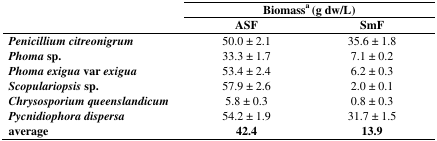
<table><thead><tr><td></td><td colspan="2"><b>Biomassa (g dw/L)</b></td></tr><tr><td></td><td><b>ASF</b></td><td><b>SmF</b></td></tr></thead><tbody><tr><td><b><i>Penicillium citreonigrum</i></b></td><td>50.0 ± 2.1</td><td>35.6 ± 1.8</td></tr><tr><td><b><i>Phoma</i></b><b>sp.</b></td><td>33.3 ± 1.7</td><td>7.1 ± 0.2</td></tr><tr><td><b><i>Phoma exigua</i></b><b>var</b><b><i>exigua</i></b></td><td>53.4 ± 2.4</td><td>6.2 ± 0.3</td></tr><tr><td><b><i>Scopulariopsis</i></b><b>sp.</b></td><td>57.9 ± 2.6</td><td>2.0 ± 0.1</td></tr><tr><td><b><i>Chrysosporium queenslandicum</i></b></td><td>5.8 ± 0.3</td><td>0.8 ± 0.3</td></tr><tr><td><b><i>Pycnidiophora dispersa</i></b></td><td>54.2 ± 1.9</td><td>31.7 ± 1.5</td></tr><tr><td><b>average</b></td><td><b>42.4</b></td><td><b>13.9</b></td></tr></tbody></table>